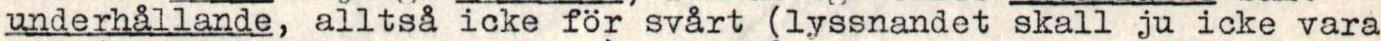
underhållande, alltså icke för svårt (lyssnandet skall ju icke vara